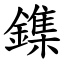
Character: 鏶